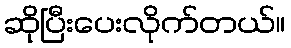
ဆိုပြီးပေးလိုက်တယ်။